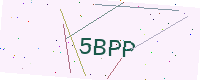
Text: 5BPP